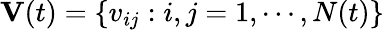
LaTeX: \mathbf{V}(t)=\{ v_{ij}:i,j=1,\cdots,N(t)\}